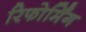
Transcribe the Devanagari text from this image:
रिफोर्मिंग